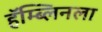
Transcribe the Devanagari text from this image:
हॅम्ब्लिनला